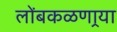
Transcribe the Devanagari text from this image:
लोंबकळणार्‍या